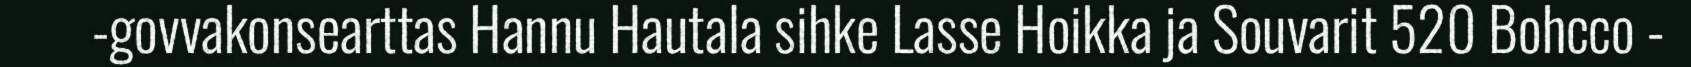
-govvakonsearttas Hannu Hautala sihke Lasse Hoikka ja Souvarit 520 Bohcco -